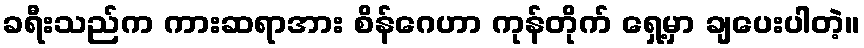
ခရီးသည်က ကားဆရာအား စိန်ဂေဟာ ကုန်တိုက် ရှေ့မှာ ချပေးပါတဲ့။